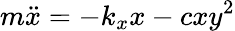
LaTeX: m{\ddot{x}}=-k_{x}x-cxy^{2}